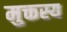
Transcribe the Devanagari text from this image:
मुक्तस्य